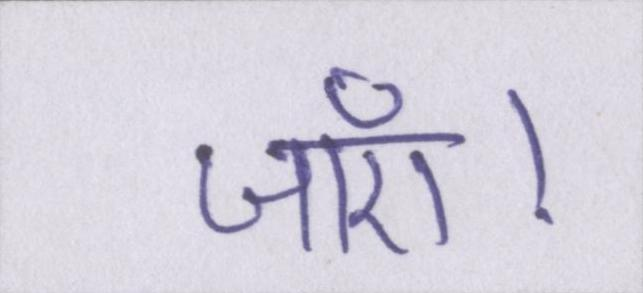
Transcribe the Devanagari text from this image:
जाएँ।